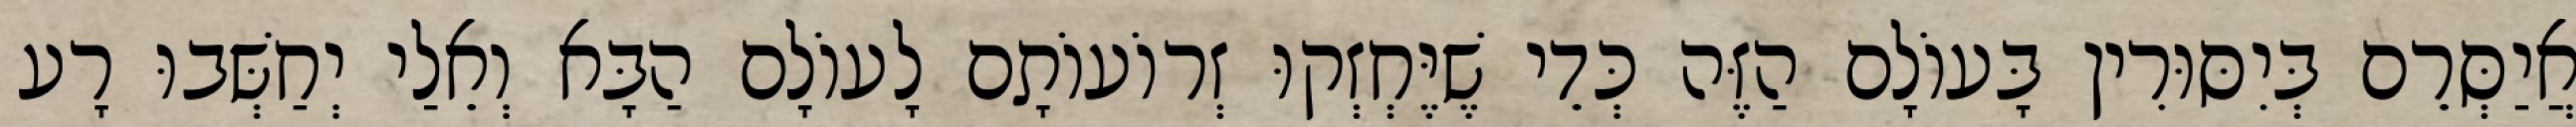
אֲיַסְּרֵם בְּיִסּוּרִין בָּעוֹלָם הַזֶּה כְּדֵי שֶׁיֶּחְזְקוּ זְרוֹעוֹתָם לָעוֹלָם הַבָּא וְאֵלַי יְחַשְּׁבוּ רָע